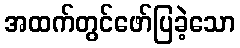
အထက်တွင်ဖော်ပြခဲ့သော